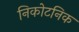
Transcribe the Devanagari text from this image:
निकोटनिक